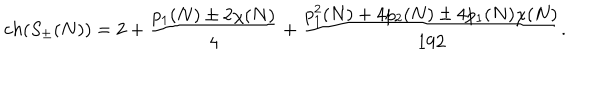
LaTeX: c h ( S _ { \pm } ( N ) ) = 2 + { \frac { p _ { 1 } ( N ) \pm 2 \chi ( N ) } { 4 } } + { \frac { p _ { 1 } ^ { 2 } ( N ) + 4 p _ { 2 } ( N ) \pm 4 p _ { 1 } ( N ) \chi ( N ) } { 1 9 2 } } .